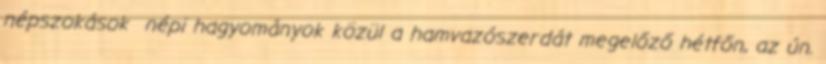
népszokások népi hagyományok közül a hamvazószerdát megelőző hétfőn, az ún.